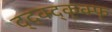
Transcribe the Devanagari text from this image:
द्द्क्द्क्क्फ्